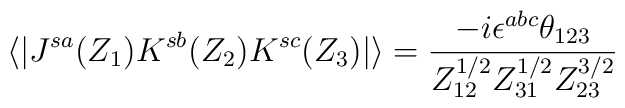
\langle | J^{sa} (Z_1) K^{sb} (Z_2) K^{sc} (Z_3) |\rangle = \frac{-i\epsilon^{abc}\theta_{123}}{Z_{12}^{1/2} Z_{31}^{1/2} Z_{23}^{3/2}}